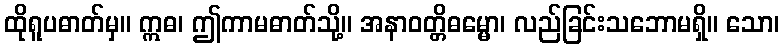
ထိုရူပဓာတ်မှ။ ဣဓ၊ ဤကာမဓာတ်သို့။ အနာဝတ္တိဓမ္မော၊ လည်ခြင်းသဘောမရှိ။ သော၊